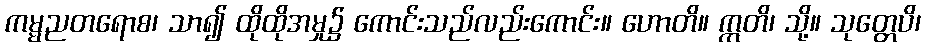
ကမ္မညတရောစ၊ သာ၍ ထိုထိုအမှု၌ ကောင်းသည်လည်းကောင်း။ ဟောတိ။ ဣတိ၊ သို့။ သုတ္တေပိ၊